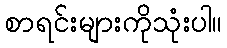
စာရင်းများကိုသုံးပါ။